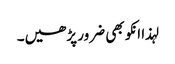
لہذا انکو بھی ضرور پڑھیں۔